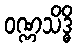
ဝဏ္ဏသိဒ္ဓိ